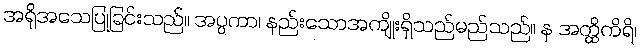
အရိုအသေပြုခြင်းသည်။ အပ္ပကာ၊ နည်းသောအကျိုးရှိသည်မည်သည်။ န အတ္ထိကိရိ၊